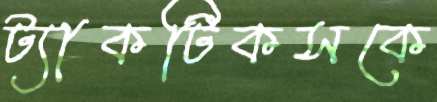
ট্যাকটিকসকে